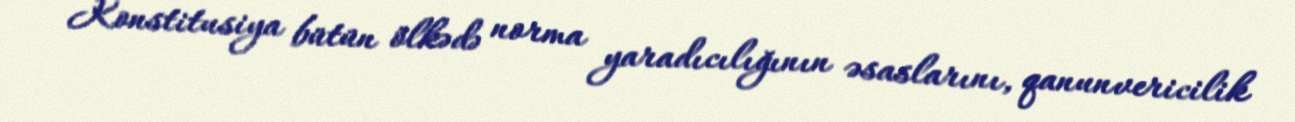
Konstitusiya bütün ölkədə norma yaradıcılığının əsaslarını, qanunvericilik